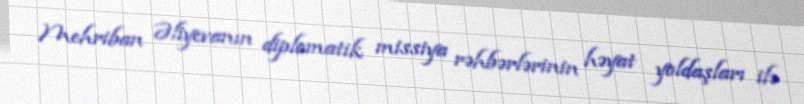
Mehriban Əliyevanın diplomatik missiya rəhbərlərinin həyat yoldaşları ilə